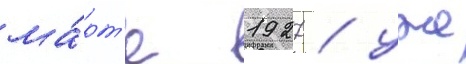
ма́рт'е 1927 / уже